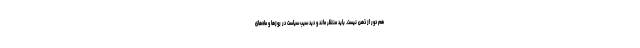
هم دور از ذهن نیست. باید منتظر ماند و دید سیب سیاست در روزها و ماه‌های